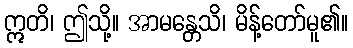
ဣတိ၊ ဤသို့။ အာမန္တေသိ၊ မိန့်တော်မူ၏။